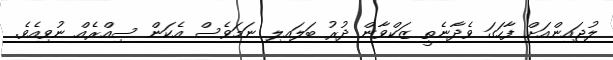
ލުޖައިންއަށް ފާހަގަ ވެދާނެތީ ޒަކްވާން ދުރު ބަލައިލި ނަމަވެސް އެކަން ސިއްރެއް ނުވިއެވެ.